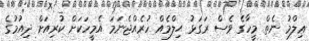
ޢިލްމު ނެތް މީހާގެ ވެސް ރަގަޅު ޙިލްމެއް ހުރެއްޖެނަމަ އެމީހަކަށް ކުރިއަށް ދިއުމުގެ